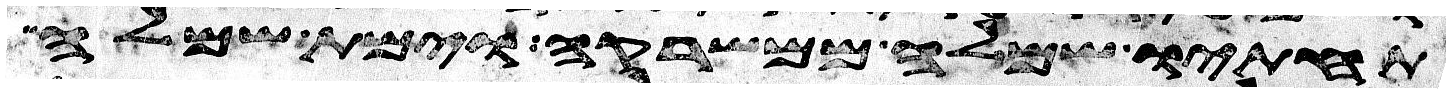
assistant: תחתיו שמלה ממשרקה וימת שמלה